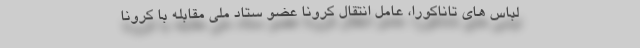
لباس های تاناکورا، عامل انتقال کرونا عضو ستاد ملی مقابله با کرونا